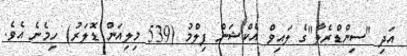
އަދި "ސިންޑްރެލާ"ގެ ލައިވް އެކްޝަން ފިލްމު (539 މިލިއަން ޑޮލަރު) ހިމެނެ އެވެ.